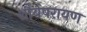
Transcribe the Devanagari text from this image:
शौर्यपरायण